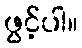
ဖွင့်ပါ။